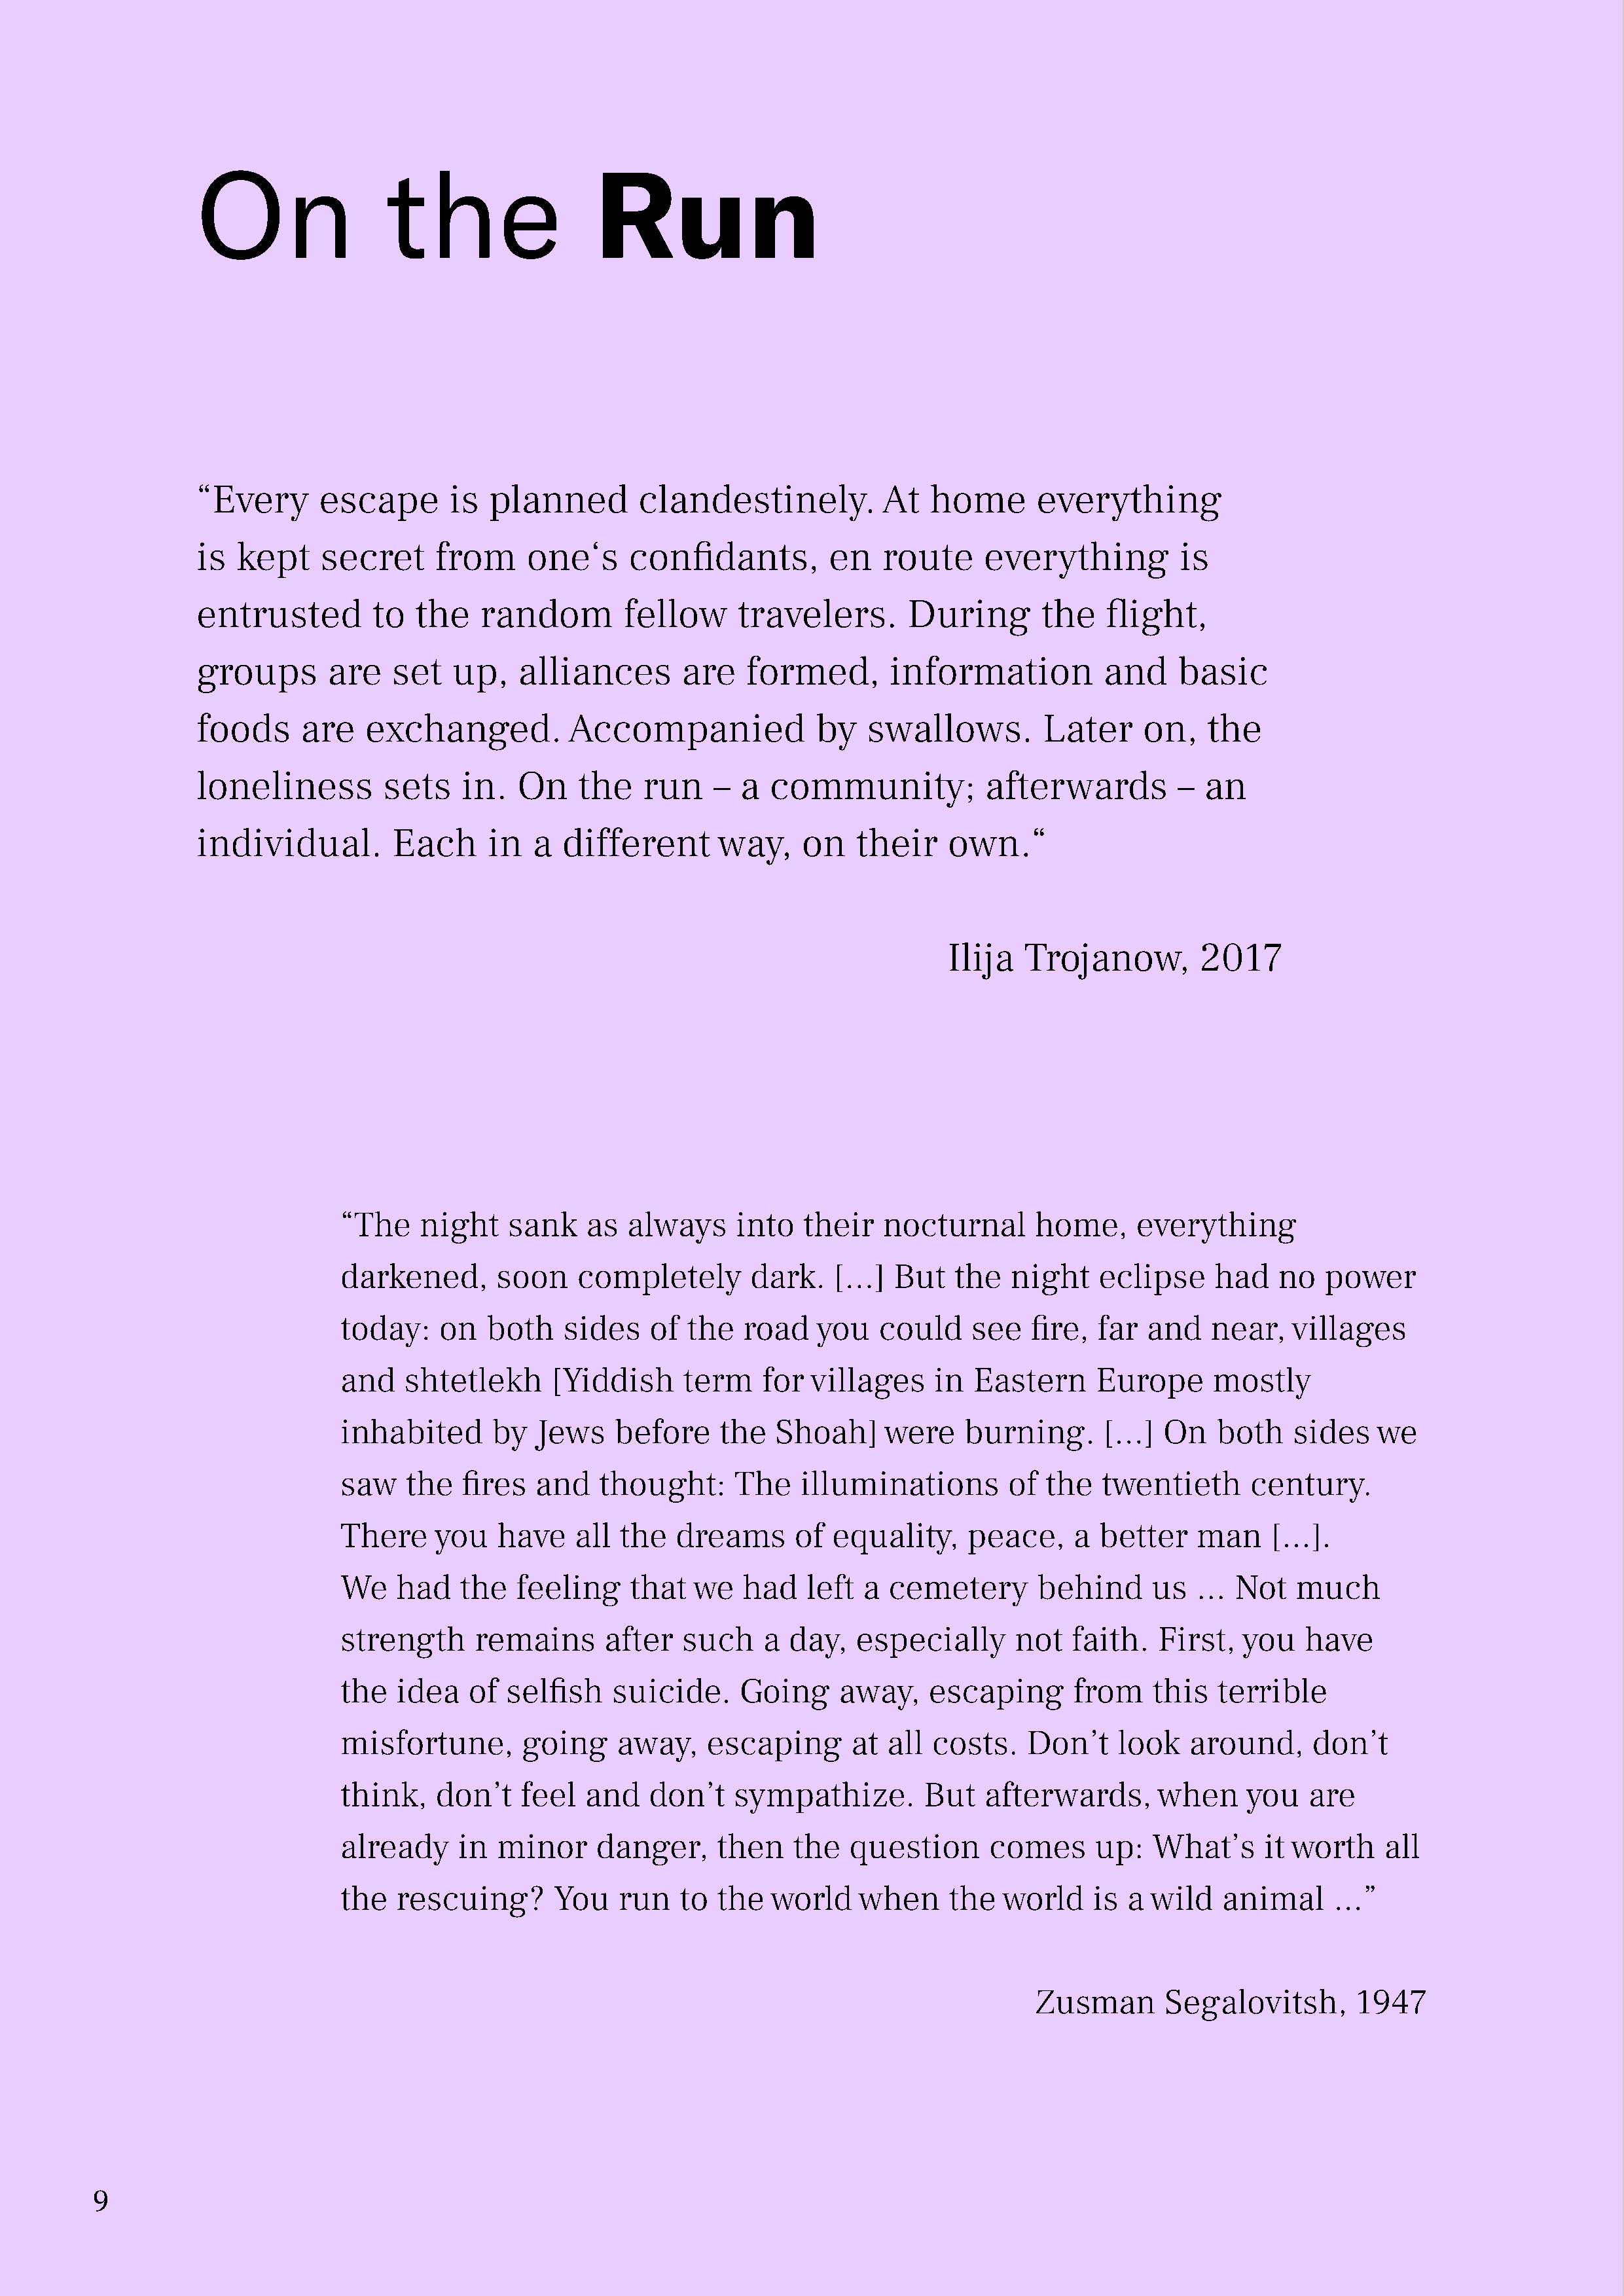
On                 the                  Run
 “Every      escape       is  planned         clandestinely.          At   home       everything
 is  kept    secret      from     one‘s      confidants,         en   route     everything          is
 entrusted         to  the    random        fellow      travelers.       During       the    flight,
 groups       are    set   up,   alliances        are   formed,        information           and    basic
 foods     are    exchanged.          Accompanied              by    swallows.        Later      on,   the
 loneliness         sets    in.  On    the    run    –  a  community;            afterwards         –  an
 individual.         Each     in   a  different       way,    on    their    own.“
 Ilija   Trojanow,        2017
 “The    night    sank    as  always     into   their   nocturnal       home,     everything
 darkened,       soon    completely        dark.   […]   But   the   night    eclipse     had   no   power
 today:    on   both    sides    of the   road    you   could    see   fire,  far  and   near,    villages
 and    shtetlekh      [Yiddish     term    for  villages    in  Eastern      Europe      mostly
 inhabited       by  Jews    before     the  Shoah]     were    burning.       […]   On   both    sides   we
 saw    the   fires  and    thought:     The    illuminations        of  the  twentieth      century.
 There     you   have    all  the  dreams      of  equality,     peace,     a better    man     […].
 We    had    the  feeling     that  we   had    left a  cemetery       behind     us   …   Not   much
 strength      remains      after   such    a  day,   especially      not  faith.   First,   you   have
 the   idea   of  selfish    suicide.     Going     away,    escaping       from    this  terrible
 misfortune,        going    away,    escaping       at  all costs.    Don’t    look   around,      don’t
 think,    don’t    feel  and    don’t   sympathize.        But    afterwards,      when     you   are
 already     in  minor     danger,     then    the   question      comes      up:   What’s     it worth    all
 the   rescuing?       You    run   to  the  world    when     the  world    is  a wild    animal     …”
 Zusman       Segalovitsh,       1947
 9